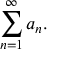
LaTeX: \sum _ { n = 1 } ^ { \infty } a _ { n } .